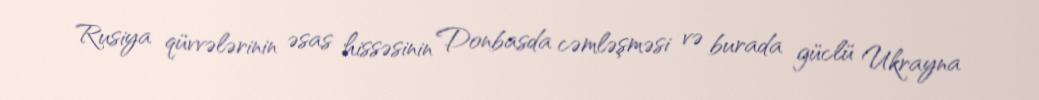
Rusiya qüvvələrinin əsas hissəsinin Donbasda cəmləşməsi və burada güclü Ukrayna